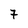
Character: 7